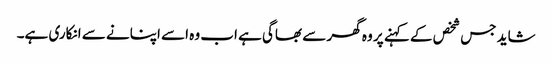
شاید جس شخص کے کہنے پر وہ گھر سے بھاگی ہے اب وہ اسے اپنانے سے انکاری ہے۔